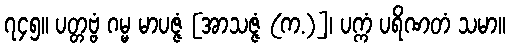
၇၄၅။ ပတ္တဗ္ဗံ ဂမ္မ မာပဇ္ဇံ [အာသဇ္ဇံ (က.)]၊ ပက္ကံ ပရိဏတံ သမာ။